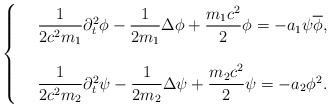
LaTeX: \begin{align*}\left\{\begin{array}{ll}&\dfrac{1}{2c^2m_1}\partial_t^2\phi-\dfrac{1}{2m_1}\Delta\phi+\dfrac{m_1c^2}{2}\phi=-a_1\psi\overline{\phi},\\\\&\dfrac{1}{2c^2m_2}\partial_t^2\psi-\dfrac{1}{2m_2}\Delta\psi+\dfrac{m_2c^2}{2}\psi=-a_2\phi^2.\end{array}\right.\end{align*}